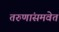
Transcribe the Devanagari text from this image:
तरुणांसमवेत